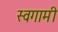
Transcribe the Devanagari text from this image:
स्वगामी